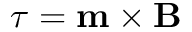
{ \boldsymbol { \tau } } = \mathbf { m } \times \mathbf { B }